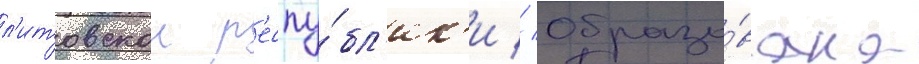
л'итовскои р'еспу́бл'ик'и // Образо́вана